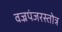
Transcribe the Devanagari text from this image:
वज्रपंजरस्तोत्र